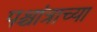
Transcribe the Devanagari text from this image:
पश्चांत्राच्या